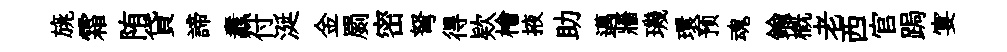
旐霜陏貸諦纛付涎金罽密弩得欵檜掖助邁牆璣環预魂鍮槪老西官跼宴